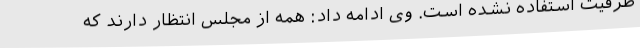
ظرفیت استفاده نشده‌ است. وی ادامه داد: همه از مجلس انتظار دارند که